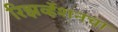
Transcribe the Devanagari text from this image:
रिझर्व्हेशनचा